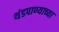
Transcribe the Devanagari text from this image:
थंडपाण्याच्या